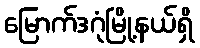
မြောက်ဒဂုံမြို့နယ်ရှိ